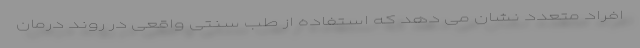
افراد متعدد نشان می دهد که استفاده از طب سنتی واقعی در روند درمان